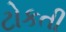
ટોકતી